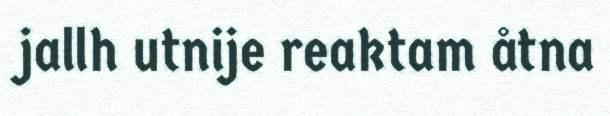
jallh utnije reaktam åtna